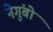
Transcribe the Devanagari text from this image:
नेगुंबो